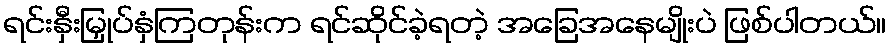
ရင်းနှီးမြှုပ်နှံကြတုန်းက ရင်ဆိုင်ခဲ့ရတဲ့ အခြေအနေမျိုးပဲ ဖြစ်ပါတယ်။